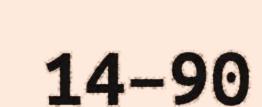
14–90